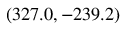
( 3 2 7 . 0 , - 2 3 9 . 2 )